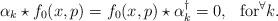
LaTeX: \begin{align*}\alpha_k \star f_0(x,p)=f_0(x,p) \star \alpha_k^\dagger=0, ~~{\rm for} ^\forall k.\end{align*}